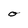
Character: O